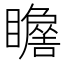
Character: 𱳖